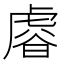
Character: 𧇋